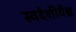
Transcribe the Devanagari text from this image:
स्वदेशीयैश्च